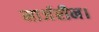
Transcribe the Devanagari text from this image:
मार्जरीन।